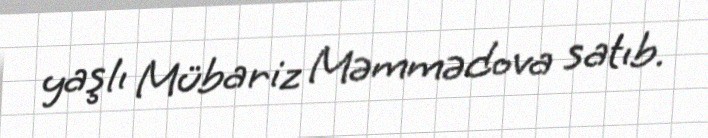
yaşlı Mübariz Məmmədova satıb.